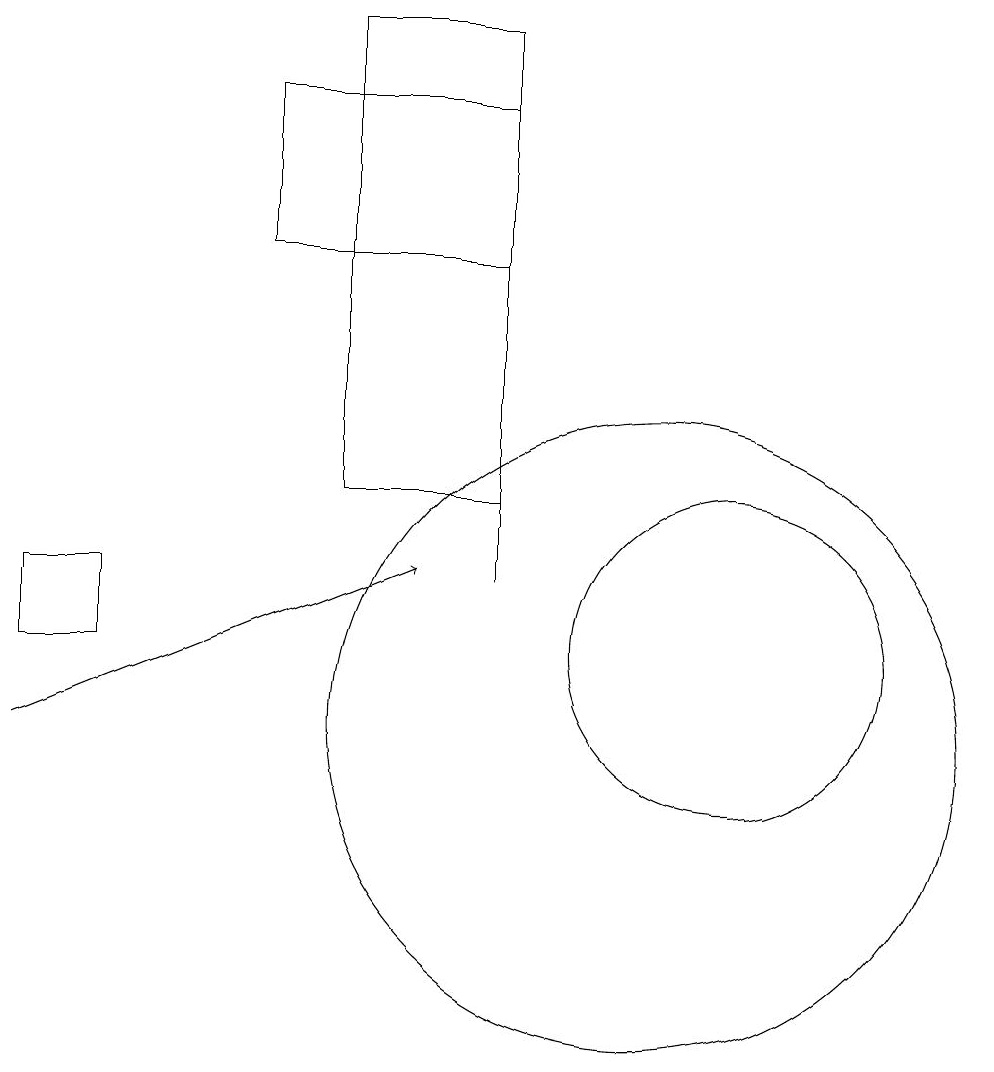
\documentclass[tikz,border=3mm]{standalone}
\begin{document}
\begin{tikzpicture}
\draw (2,12) rectangle (3,11);
\draw (8,18) rectangle (5,16);
\draw (10,10) circle (4);
\draw (6,19) rectangle (8,13);
\draw (8,18) rectangle (8,12);
\draw (11,11) circle (2);
\draw[->] (2,10) -- (7,12);
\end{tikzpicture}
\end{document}